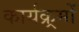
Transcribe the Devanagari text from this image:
कार्यक्र्रमों